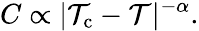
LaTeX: C\propto|\mathcal{T}_{\mathrm{{c}}}-\mathcal{T}|^{-\alpha}.